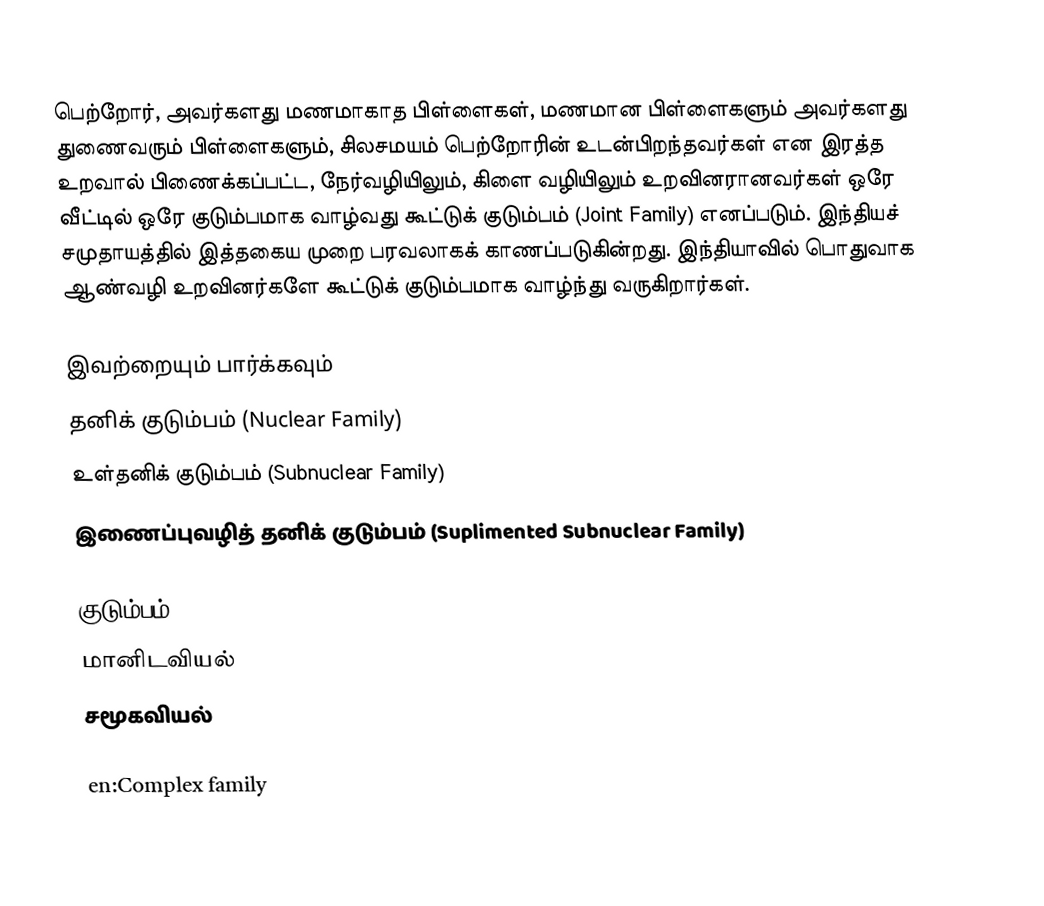
பெற்றோர், அவர்களது மணமாகாத பிள்ளைகள், மணமான பிள்ளைகளும் அவர்களது துணைவரும் பிள்ளைகளும், சிலசமயம் பெற்றோரின் உடன்பிறந்தவர்கள் என இரத்த உறவால் பிணைக்கப்பட்ட, நேர்வழியிலும், கிளை வழியிலும் உறவினரானவர்கள் ஒரே வீட்டில் ஒரே குடும்பமாக வாழ்வது கூட்டுக் குடும்பம் (Joint Family) எனப்படும். இந்தியச் சமுதாயத்தில் இத்தகைய முறை பரவலாகக் காணப்படுகின்றது. இந்தியாவில் பொதுவாக ஆண்வழி உறவினர்களே கூட்டுக் குடும்பமாக வாழ்ந்து வருகிறார்கள்.

இவற்றையும் பார்க்கவும்
 தனிக் குடும்பம் (Nuclear Family)
 உள்தனிக் குடும்பம் (Subnuclear Family)
 இணைப்புவழித் தனிக் குடும்பம் (Suplimented Subnuclear Family)

குடும்பம்
மானிடவியல்
சமூகவியல்

en:Complex family
mr:एकत्र कुटुंब पद्धती